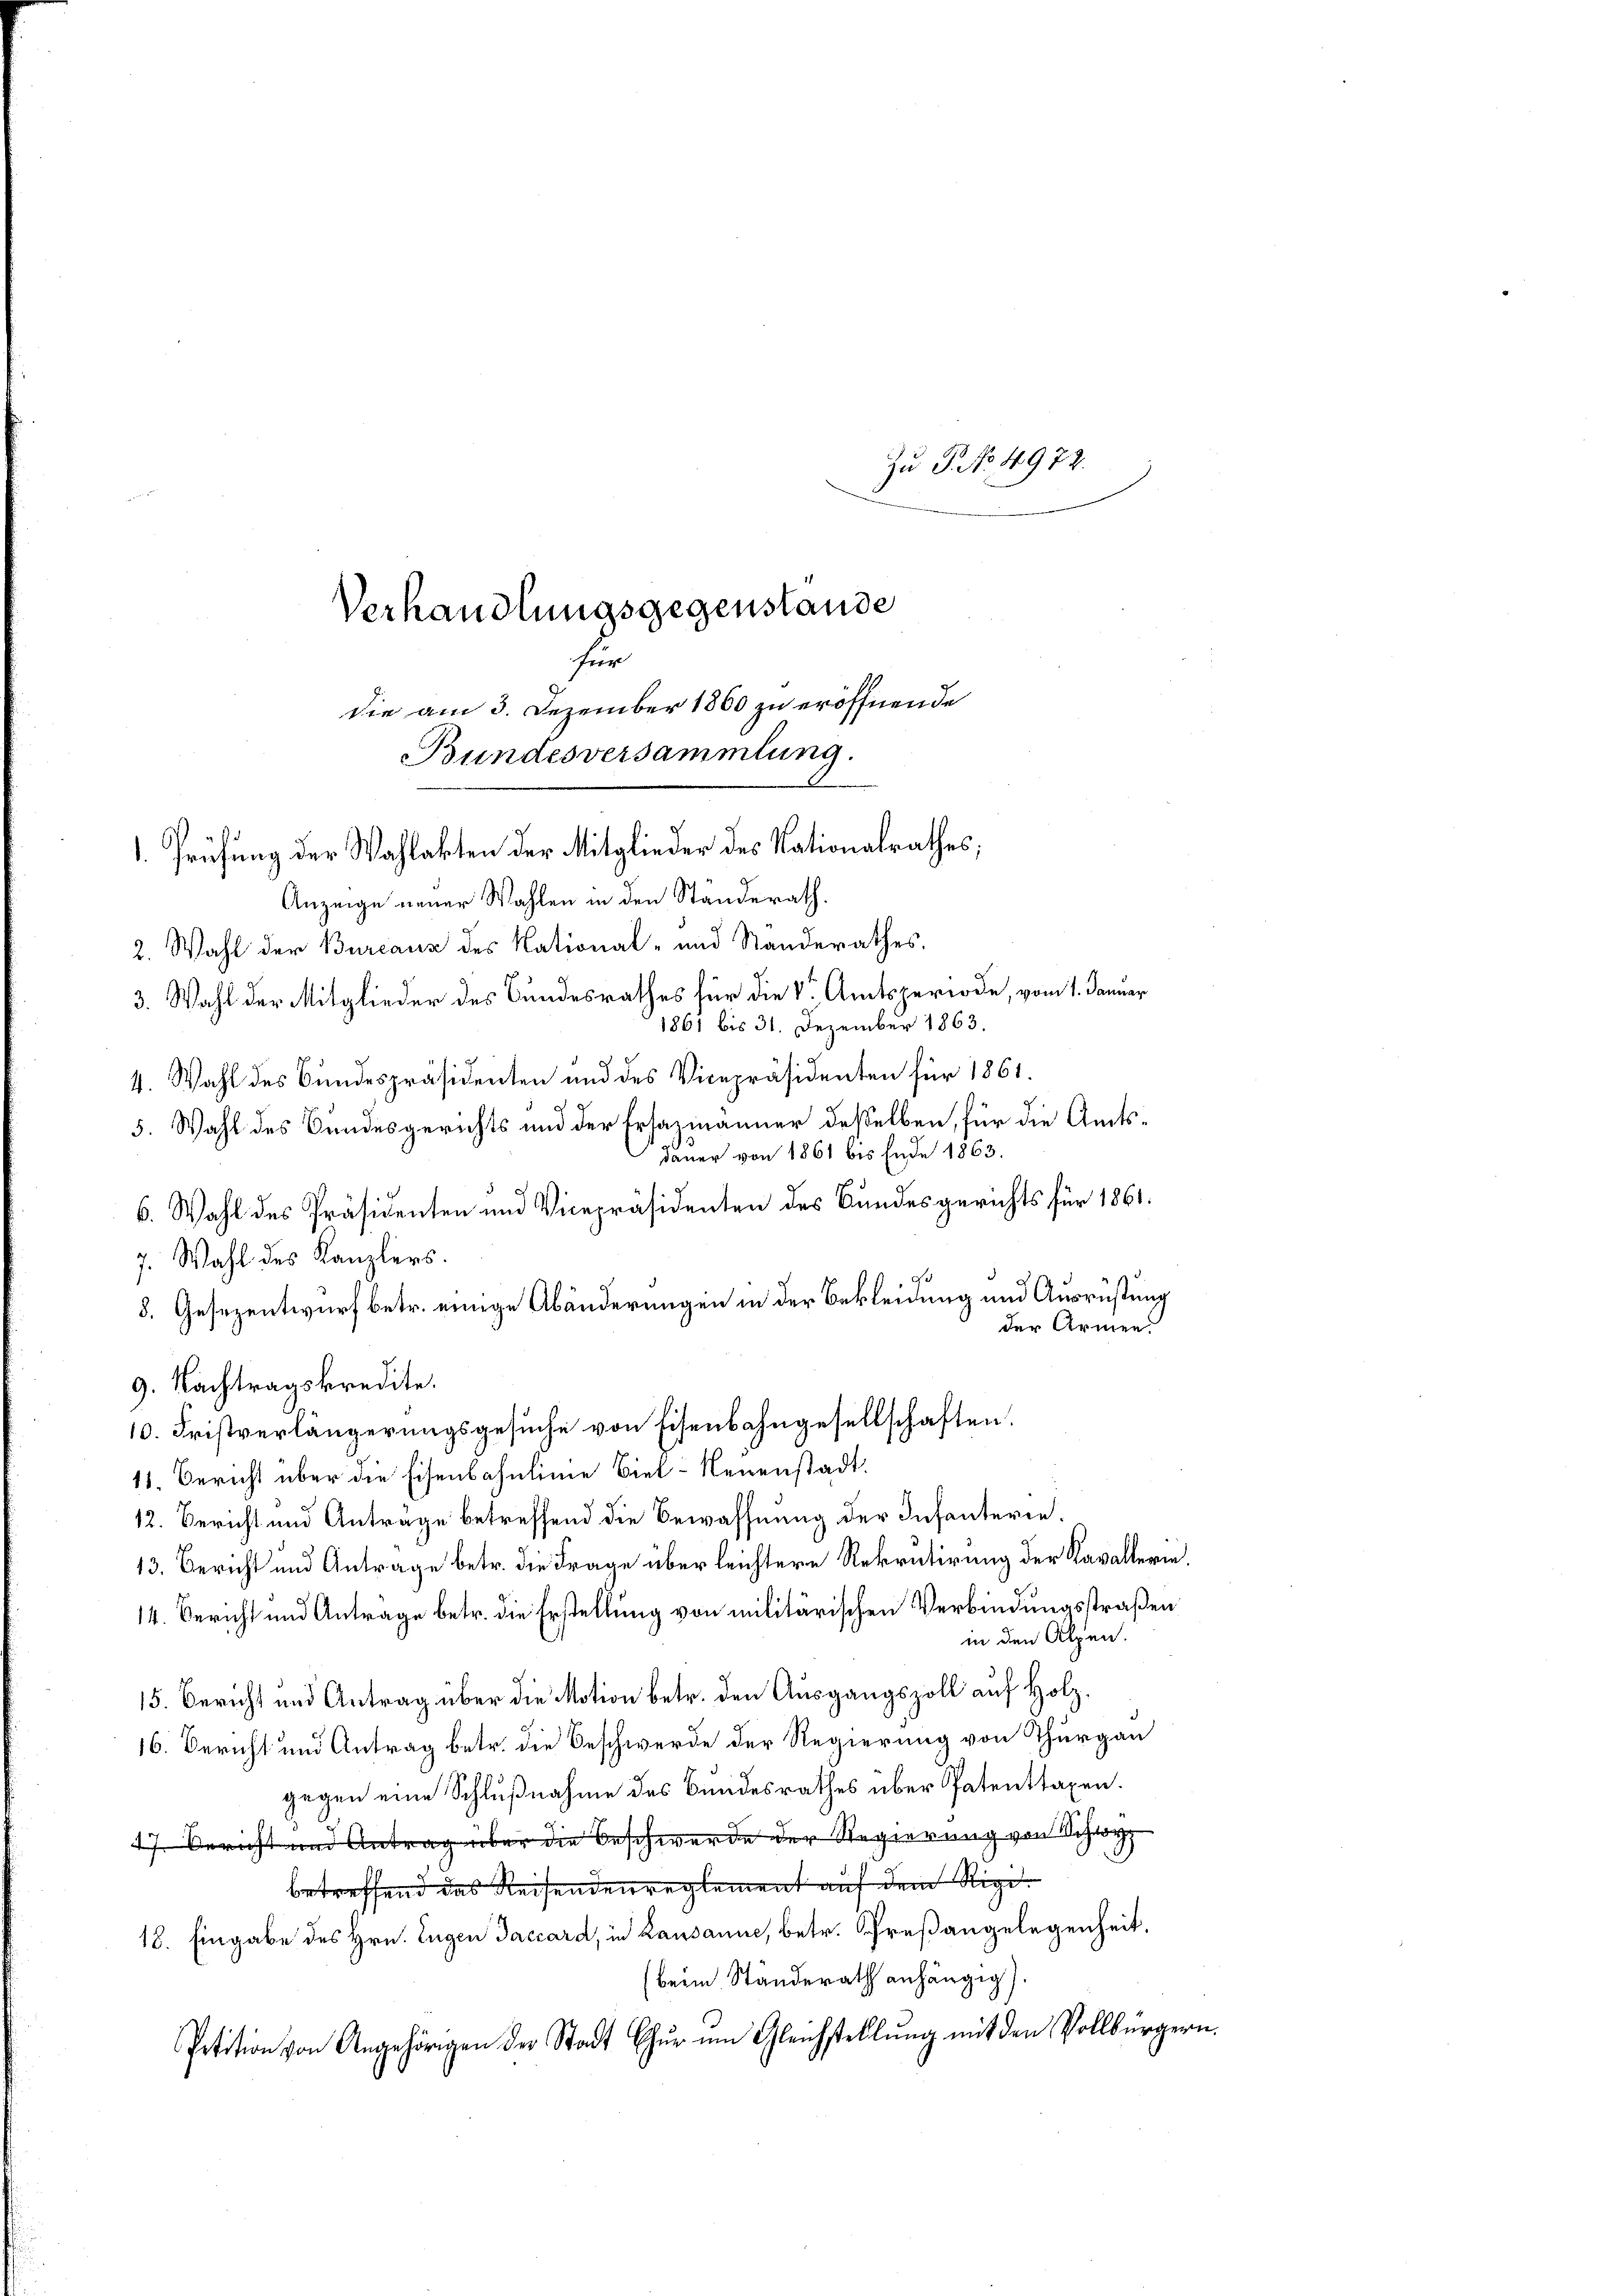
Verhandlungsgegenstande
zer
die am 3. Dezember 1860 zu eröffnende
Bundesversammlung.
1. Prüfung der Wahlakten der Mitglieder des Nationalrathes

Zu P. No. 4972.

Anzeige neuer Wahlen in den Standerath.
2. Wahl der Bureaux des National- und Standerathes.
3. Wahl der Mitglieder des Bundesrathes für die Vor Amtsperiode, vom 1. Januar
1861 bis 31. Dezember 1863.
4. Wahl des Bundespräsidenten und des Vicepräsidenten für 1861.
5. Wahl des Bundesgerichts und der Ersazmänner desselben, für die Amtsdauer von 1861 bis Ende 1863.
6. Wahl des Präsidenten und Vicepräsidenten des Bundesgerichts für 1861
7. Wahl des Kanzlers.
a
8. Gesezentwurf betr. einige Abänderungen in der Bekleidung und Ausrüstung
der Armen.
9. Nachtragskredite.
10. Fristverlängerungsgesuche von Eisenbahngesellschaften.
11. Bericht über die Eisenbahnlinie Biel-Neuenstadt.
12. Bericht und Anträge betreffend die Bewaffnung der Infanterie.
13. Bericht und Antrage betr. die Frage überleichtere Rekrutirung der Kavallerin.
14. Bericht und Antrage betr. die Erstellung von militärischen Verbindungsstraßen
in den Alpen.
15. Bericht und Antrag über die Motion betr. den Ausgangszoll auf Holz¬
16. Bericht und Antrag betr. die Beschwerde der Regierung von Thurgau
gegen eine Schlußnahme des Bundesrathes über Patenttaxen.
47. Bericht und Antrag über die Beschwerde der Regierung von Schwyz
betreffend das Reisenden reglement auf dem Rigi¬
18. Eingabe des Hrn. Eugen Taccard, in Lausanne, betr. Preßangelegenheit.
(beim Ständerath anhängig)
Petition von Angehörigen der Stadt Chur um Gleichstellŭng mit den Vollbürgern.